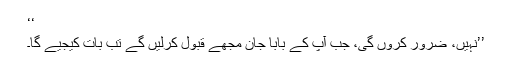
‘‘
’’نہیں، ضرور کروں گی، جب آپ کے بابا جان مجھے قبول کرلیں گے تب بات کیجیے گا۔